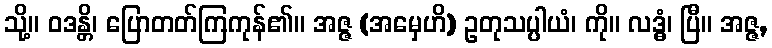
သို့။ ဝဒန္တိ၊ ပြောတတ်ကြကုန်၏။ အဇ္ဇ (အမှေဟိ) ဥတုသပ္ပါယံ၊ ကို။ လဒ္ဓံ၊ ပြီ။ အဇ္ဇ,